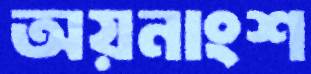
অয়নাংশ